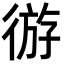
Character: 𫹛